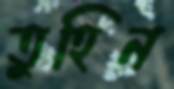
তুহিন